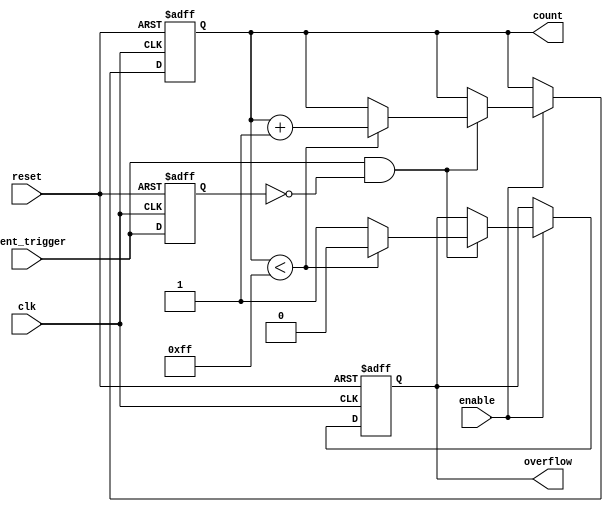
module event_triggered_counter #(
    parameter N = 8 // Number of bits for the count register
)(
    input wire clk,               // Clock signal
    input wire reset,             // Asynchronous reset signal
    input wire enable,            // Enable signal for counting
    input wire event_trigger,     // Event trigger signal
    output reg [N-1:0] count,     // Current count value
    output reg overflow           // Overflow indicator
);

    // Internal signal to detect the rising edge of the event trigger
    reg event_trigger_prev;

    // Initialize count and overflow on reset
    always @(posedge clk or posedge reset) begin
        if (reset) begin
            count <= 0;
            overflow <= 0;
            event_trigger_prev <= 0;
        end else begin
            // Check for event trigger and enable counting
            if (enable) begin
                // Rising edge detection
                if (event_trigger && !event_trigger_prev) begin
                    if (count < (1 << N) - 1) begin
                        count <= count + 1;
                        overflow <= 0; // Reset overflow if not exceeded
                    end else begin
                        overflow <= 1; // Set overflow if maximum reached
                    end
                end
            end
            // Update previous event trigger state
            event_trigger_prev <= event_trigger;
        end
    end

endmodule